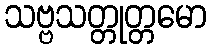
သဗ္ဗသတ္တုတ္တမော